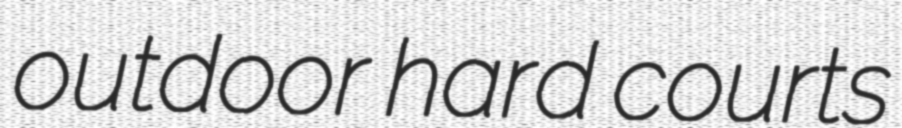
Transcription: outdoor hard courts